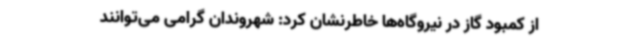
از کمبود گاز در نیروگاه‌ها خاطرنشان کرد: شهروندان گرامی می‌توانند